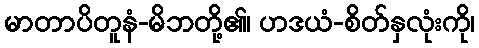
မာတာပိတူနံ-မိဘတို့၏၊ ဟဒယံ-စိတ်နှလုံးကို၊